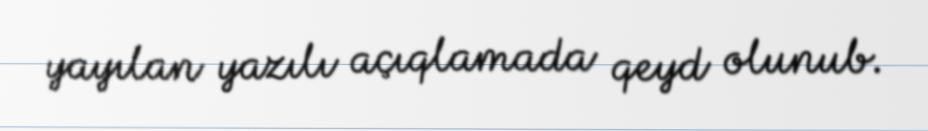
yayılan yazılı açıqlamada qeyd olunub.